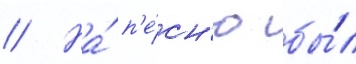
// На́ п'е́сн'ю бы́л